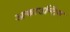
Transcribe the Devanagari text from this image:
अकाउन्टिंग